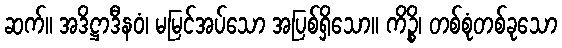
ဆက်။ အဒိဋ္ဌာဒီနဝံ၊ မမြင်အပ်သော အပြစ်ရှိသော။ ကိဉ္စိ၊ တစ်စုံတစ်ခုသော